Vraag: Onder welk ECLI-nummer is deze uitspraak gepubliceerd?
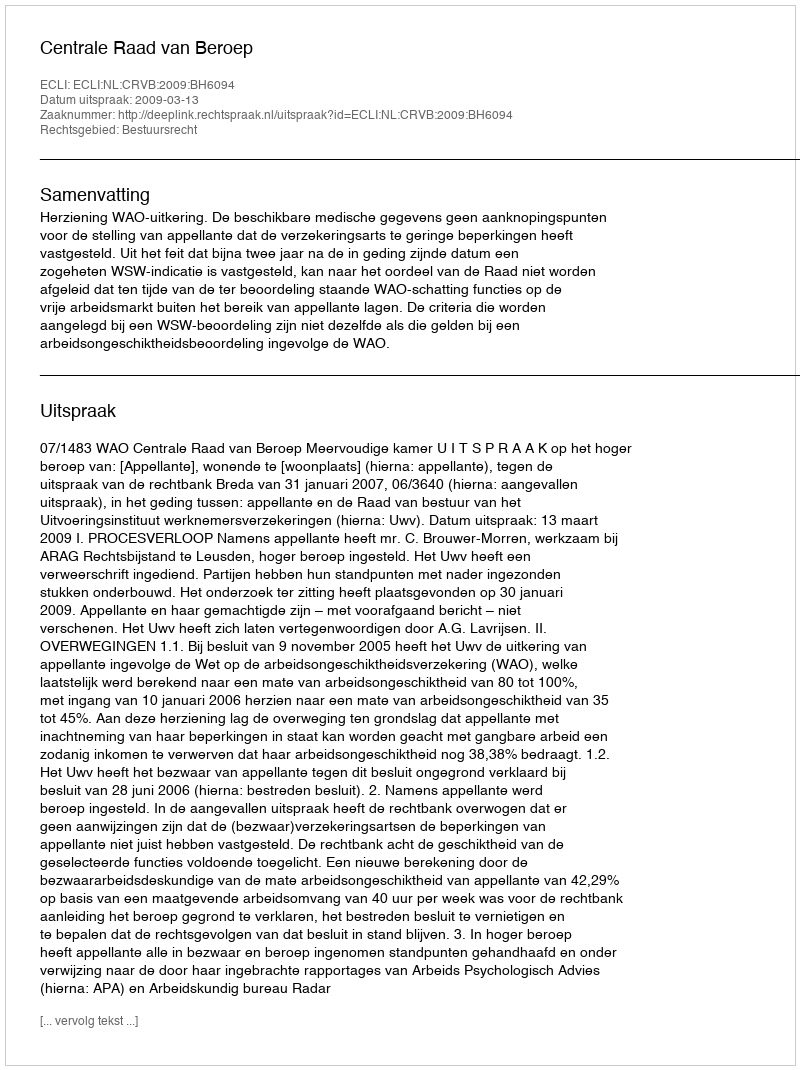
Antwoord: ECLI:NL:CRVB:2009:BH6094